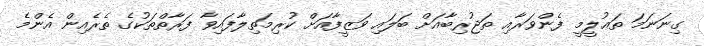
ގިނަނަމަ ތަޢުލީމީ ފެންވަރާއި ތަޖުރިބާއަށް ބަލައި ވަޒީފާއަށް ކުރިމަތިލާފައިވާ ފަރާތްތަކުގެ ތެރެއިން އެންމެ